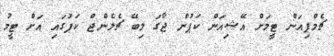
ޗެމްޕިއަން ޓީމަށް އޭޝިއަން ކަޕުން ޖާގަ ލިބޭ ޗެލެންޖް ކަޕުގައި އަށް ޓީމު